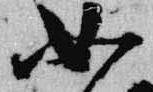
如